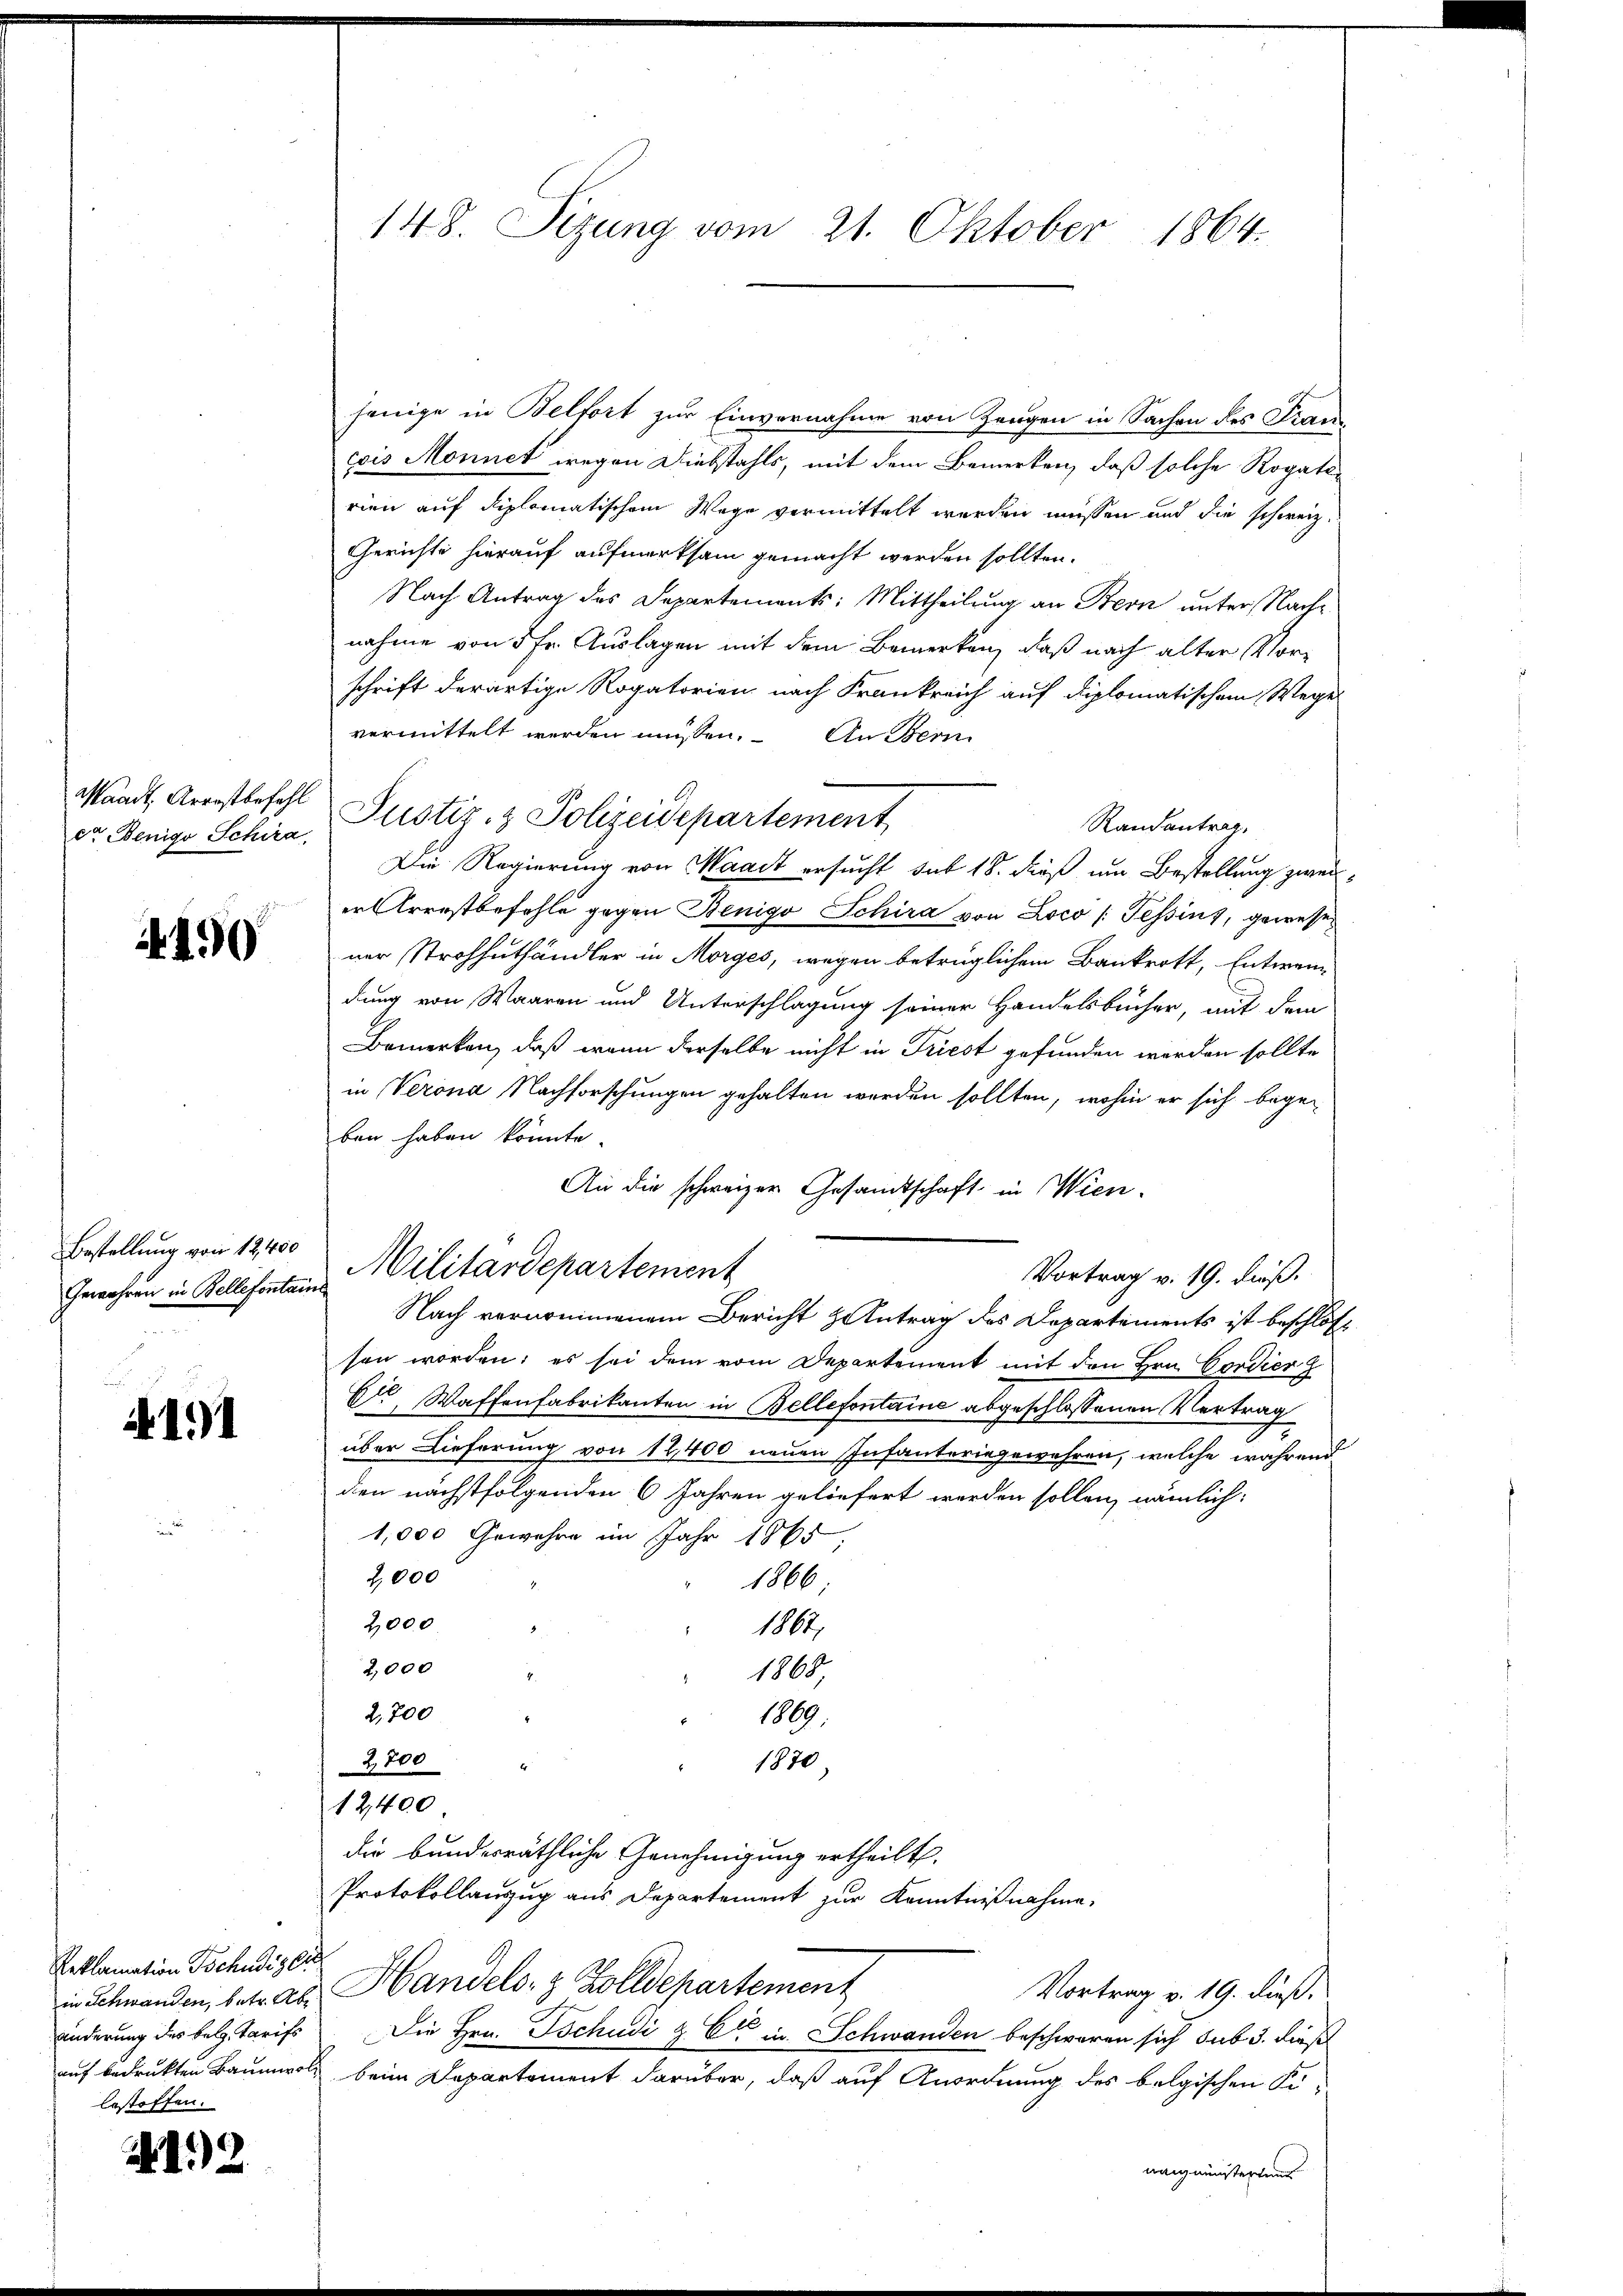
dr Benige Schira,

490

Bestellung von 12400

.191

Reklamation Tschudis li
bestoffen.

N 22.

jenige in Belfort zur Einvernahme von Zeugen in Sachen des Frau
cois Monnet wegen Diebstahls, mit dem Bemerken, daß solche Rogatirien auf diplomatischem Wege vermittelt werden müssen und die schweiz.
Gerichte hierauf aufmerksam gemacht werden sollten.
Nach Antrag des Departements: Mittheilung an Bern unter Nachnahme von 5 fr. Auslagen mit dem Bemerken, daß nach alter Vorschrift derartige Rogatorien nach Frankreich auf diplomatischem Wegel
vermittelt werden müssen. An Bern
Mandt, Arrestbefohl Justiz- & Polizeidepartement
Randantrag.
Die Regierung von Waadt ersucht sub 18. dieß um Bestellung zweier Arrestbefehle gegen Benigo Schira von Loco /: Tessins, gewesener Strohhuthändler in Morges, wegen betrüglichem Bankrott, Entwendung von Waaren und Unterschlagung seiner Handelsbücher, mit dem
Bemerken, daß wenn derselbe nicht in Triest gefunden werden sollte,
in Verona Nachforschungen gehalten werden sollten, wohin er sich begeben haben könnte.
An die schweizer Gesandtschaft in Wien.
Vortrag v. 19. dieß.
Nach vernommenem Bericht Antrag des Departements ist beschlossen worden; es sei dem vom Departement mit den Hrn. Cordier
Cie Waffenfabrikanten in Bellefontaine abgeschlossenen Vertrag
über Lieferung von 12,400 neuen Infanteringewahren, welche während
dien nächstfolgenden 6 Jahren geliefert werden sollen, nämlich:
1,000 Gewehre im Jahr 1865.
2,000
1866
2,000.
1802.
2,000
1868,
2,700
1889
2,700
1870,
12,400
Die bundesräthliche Genehmigung ertheilt,
Protokollanzug aus Departement zur Kenntnißnahme.
in Schwanden, betr. ab. Handels- & Zolldepartement
Vortrag v. 19. dieß.
änderung des belg. Tarifs Die Hrn. Tschudi & Cie in Schwanden beschwaren sich sub 3. dies
auf bedrukten Baumwol beim Departement darüber, daß auf Anordnung des belgischen Fi-
naignenstertens

148. Sizung vom 21. Oktober 1864.

Gewehren in Kellesentarilitärdepartement